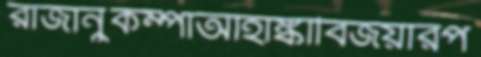
রাজানুকম্পাআহাঙ্কাবিজয়ারপ